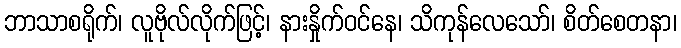
ဘာသာစရိုက်၊ လူဗိုလ်လိုက်ဖြင့်၊ နားနှိုက်ဝင်နေ၊ သိကုန်လေသော်၊ စိတ်စေတနာ၊